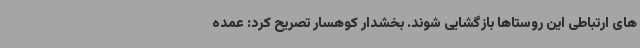
های ارتباطی این روستاها بازگشایی شوند. بخشدار کوهسار تصریح کرد: عمده